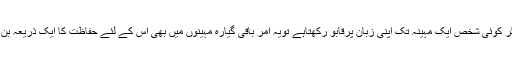
’’ اور اگر کوئی شخص ایک مہینہ تک اپنی زبان پرقابو رکھتاہے تویہ امر باقی گیارہ مہینوں میں بھی اس کے لئے حفاظت کا ایک ذریعہ بن جاتاہے۔